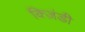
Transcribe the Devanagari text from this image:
क्ज़िंडी